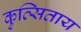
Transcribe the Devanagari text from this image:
कुत्सिताय